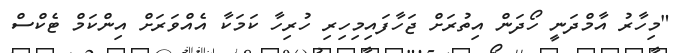
"މިހާރު އާމްދަނީ ހޯދަން އިތުރަށް ޖަހާފައިމިހިރި ހުރިހާ ކަމަކާ އެއްވަރަށް އިންކަމް ޓެކްސް